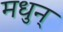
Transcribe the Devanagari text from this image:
मधुन्